342_HS1-416511228_319.1 Flying Discs 1949
Agency: Department of War
Incident date: 1/9/50
Page 30
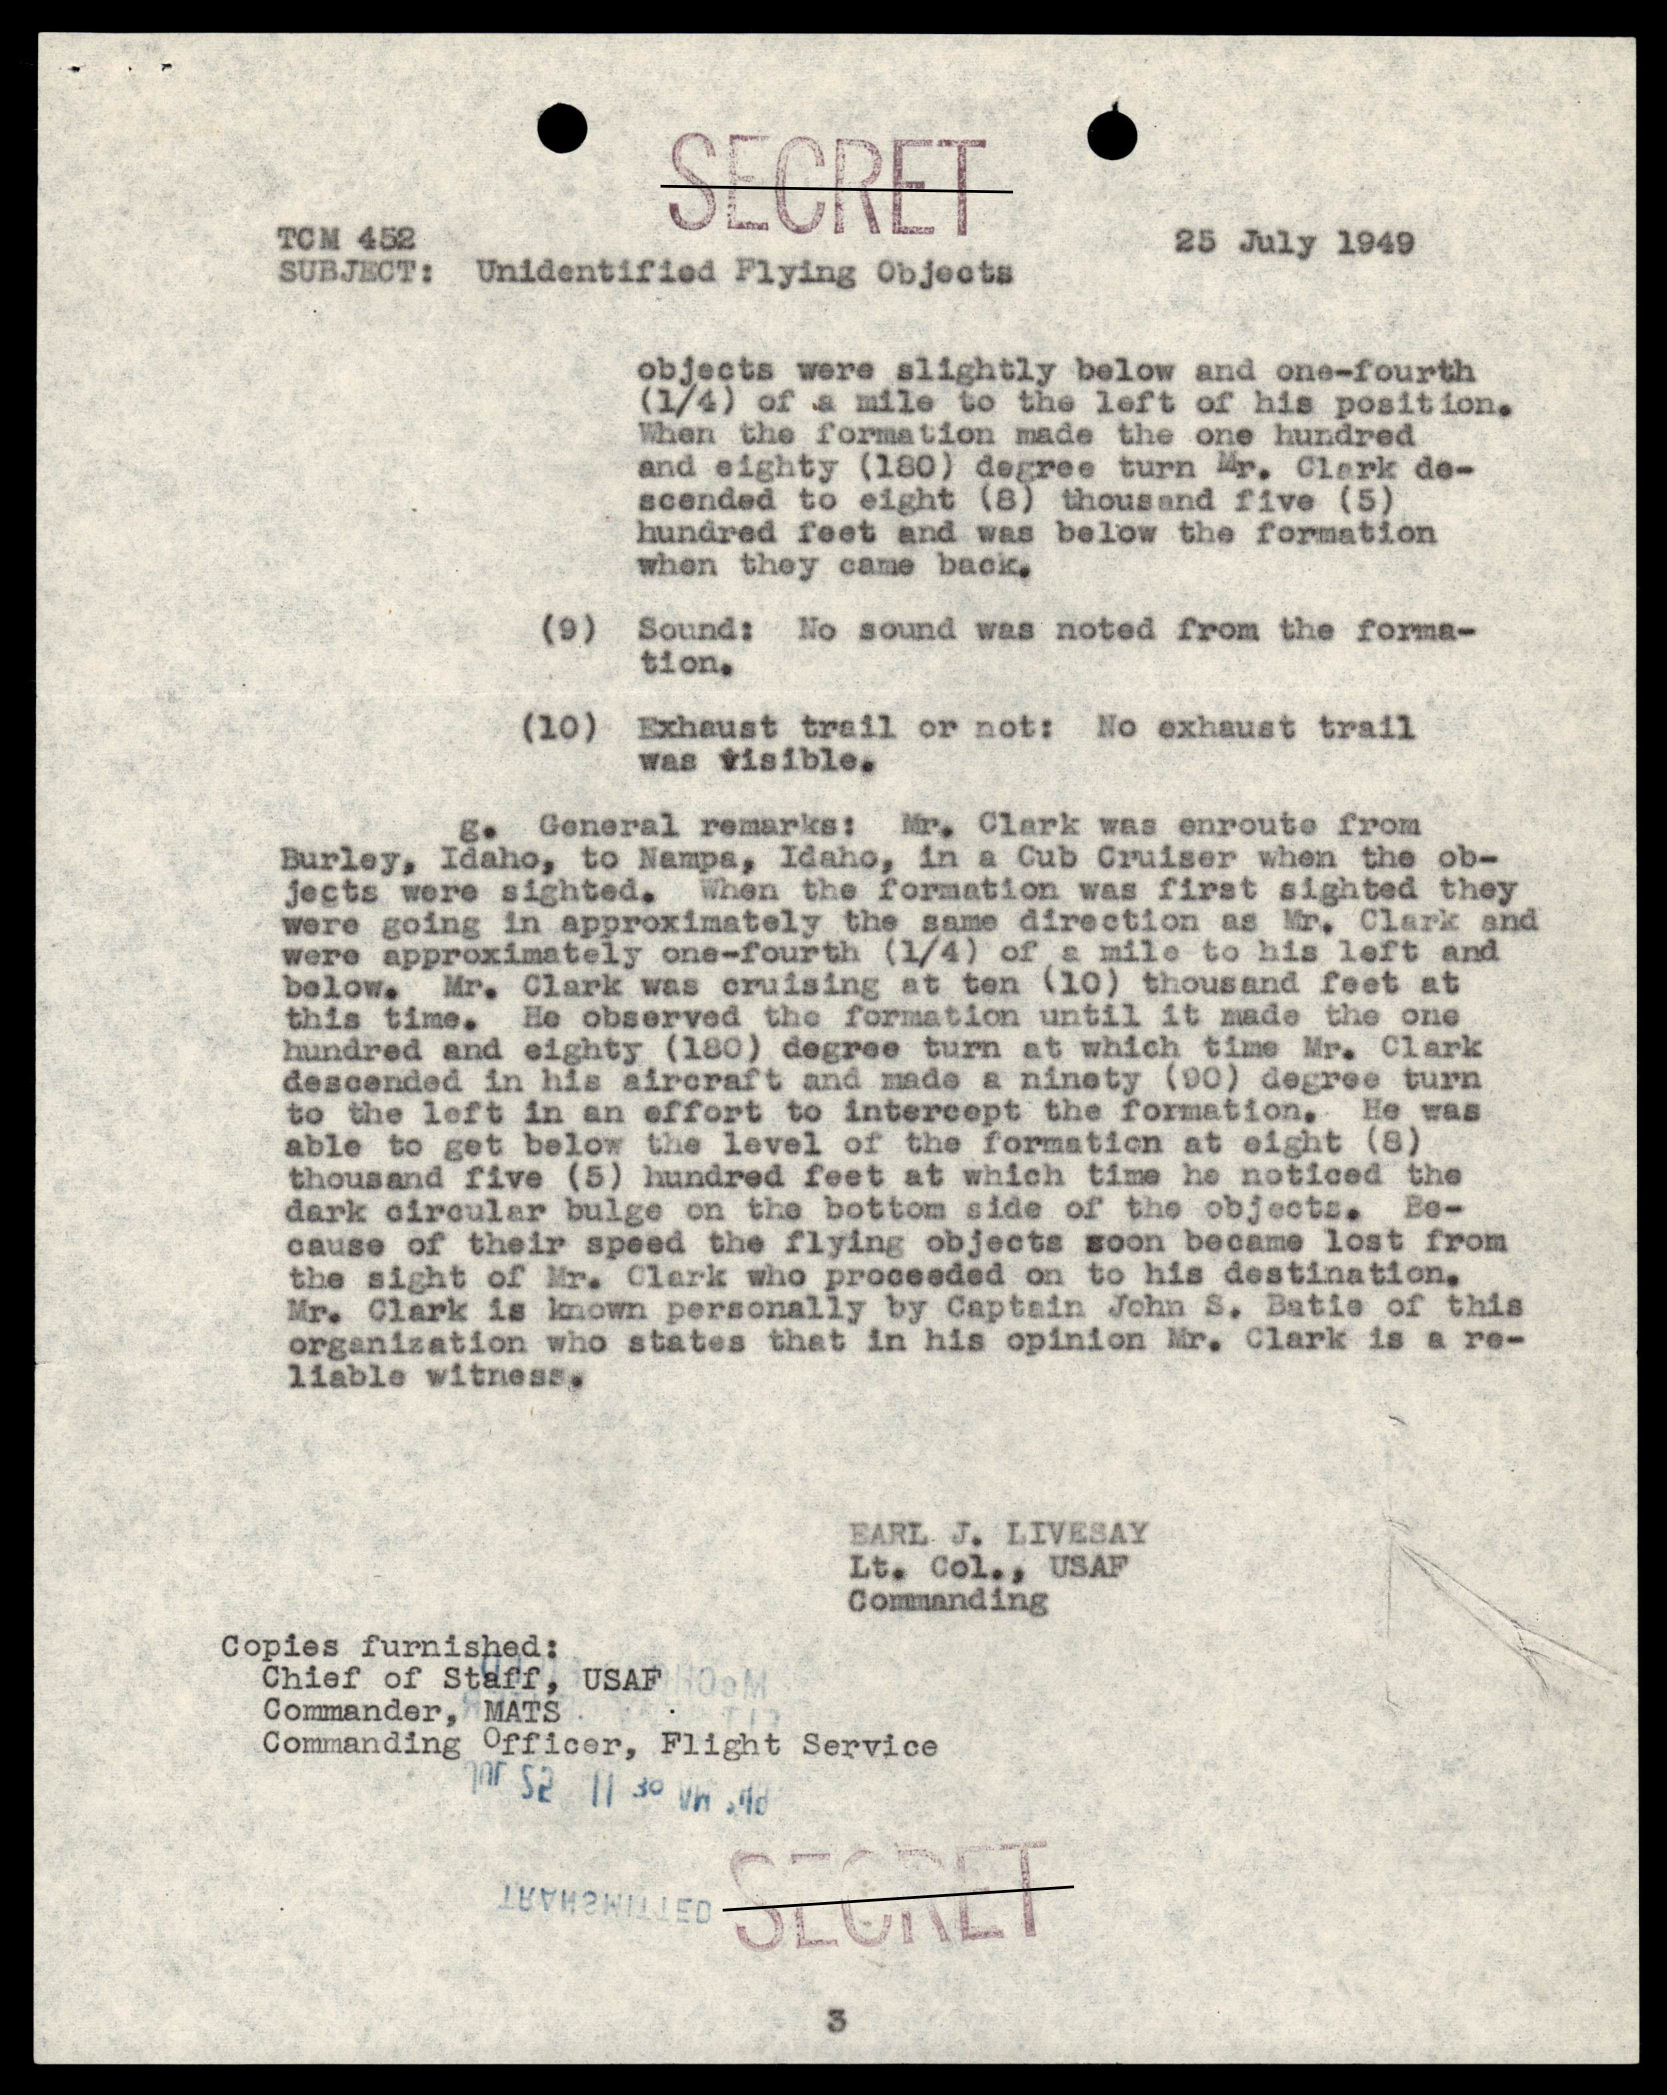